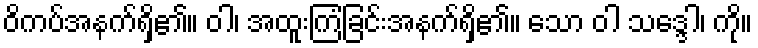
ဝိကပ်အနက်ရှိ၏။ ဝါ၊ အထူးကြံခြင်းအနက်ရှိ၏။ သော ဝါ သဒ္ဒေါ၊ ကို။